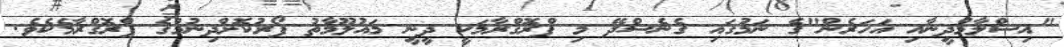
"އިސްލާމްދީނާއި އަހަރެން"ގެ ނަމުގައި ގެނެސްދޭ މި ޕްރޮގްރާމަކީ ދީނީ މައުލޫމާތު ފޯރުކޮށްދިނުމުގެ ޕްރޮގްރާމެކެވެ.